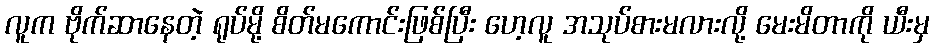
လူက ဗိုက်ဆာနေတဲ့ ရုပ်မို့ စိတ်မကောင်းဖြစ်ပြီး ဟေ့လူ အသုပ်စားမလားလို့ မေးမိတာကို ယီးမှ